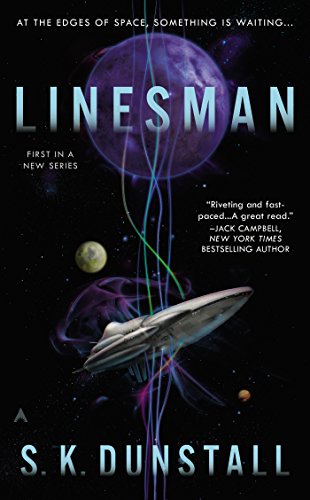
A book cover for Linesman; S. K. Dunstall; Science Fiction & Fantasy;